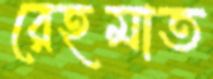
রেহমাত